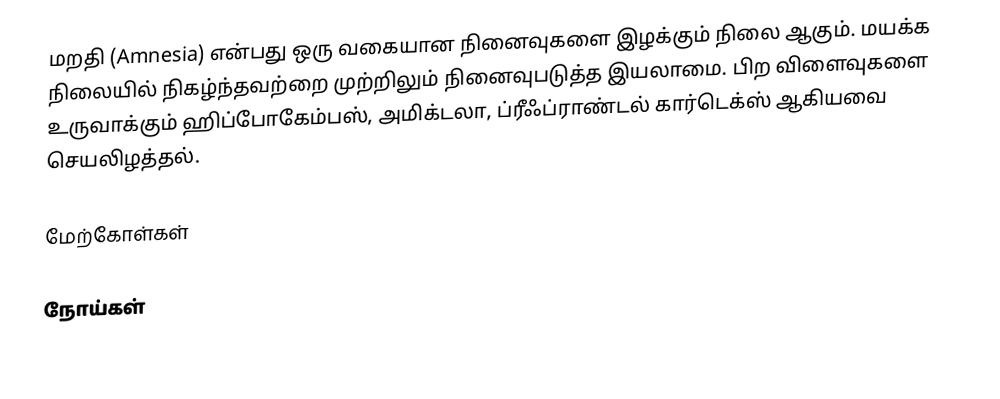
மறதி (Amnesia) என்பது ஒரு வகையான நினைவுகளை இழக்கும் நிலை ஆகும். மயக்க நிலையில் நிகழ்ந்தவற்றை முற்றிலும் நினைவுபடுத்த இயலாமை. பிற விளைவுகளை உருவாக்கும் ஹிப்போகேம்பஸ், அமிக்டலா, ப்ரீஃப்ராண்டல் கார்டெக்ஸ் ஆகியவை செயலிழத்தல்.

மேற்கோள்கள்

நோய்கள்